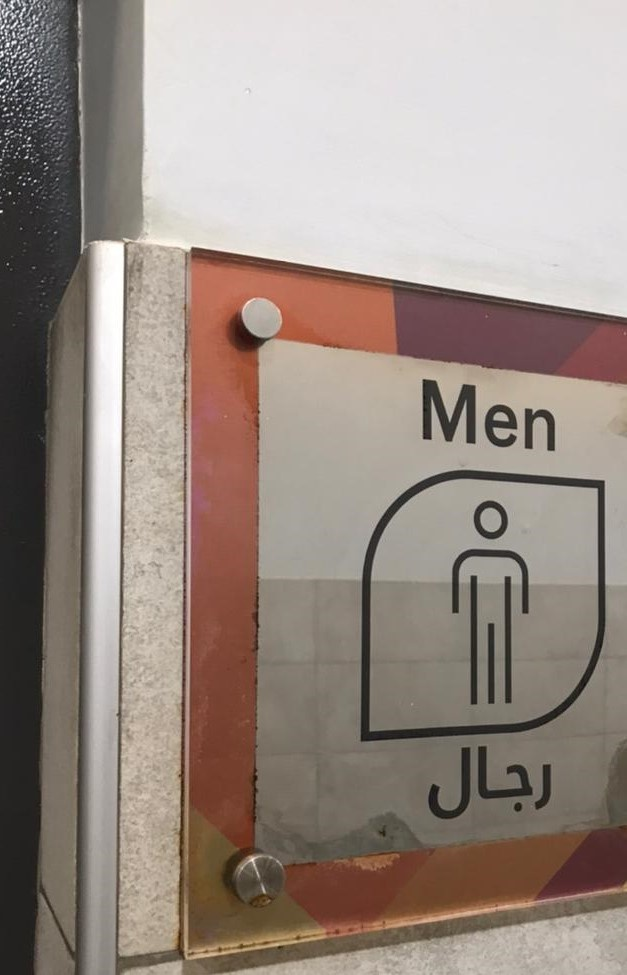
Text in image: رجال Men